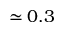
\simeq 0 . 3